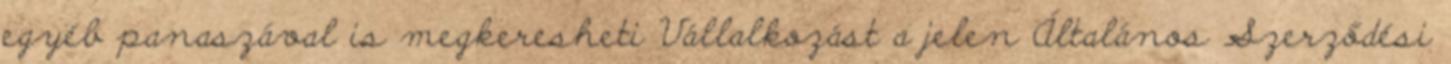
egyéb panaszával is megkeresheti Vállalkozást a jelen Általános Szerződési